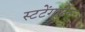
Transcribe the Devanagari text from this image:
स्टटेंगार्टेन